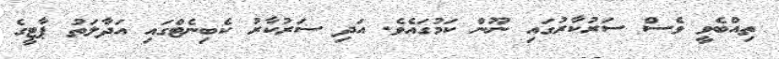
ތިއްބެވީ ވެސް ސަރުކާރުގައި ނޫން ކަމުގައެވެ. އަދި ސަރުކާރު ކެބިނެޓްގައި އަދާލަތު ޕާޓީގެ